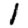
Digit: 1